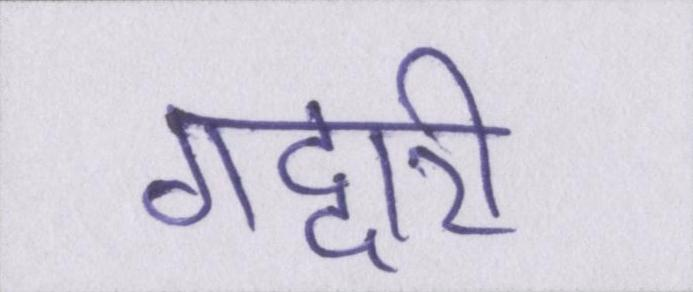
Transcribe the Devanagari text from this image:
गद्दारी